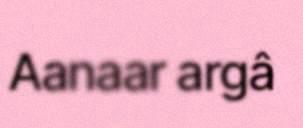
Aanaar argâ